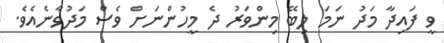
ވީ ފައިދާ މަދު ނަމަ ލިބޭ މިންވަރު ދެ މީހުންނަށް ވެސް މަދުވާނެއެވެ.